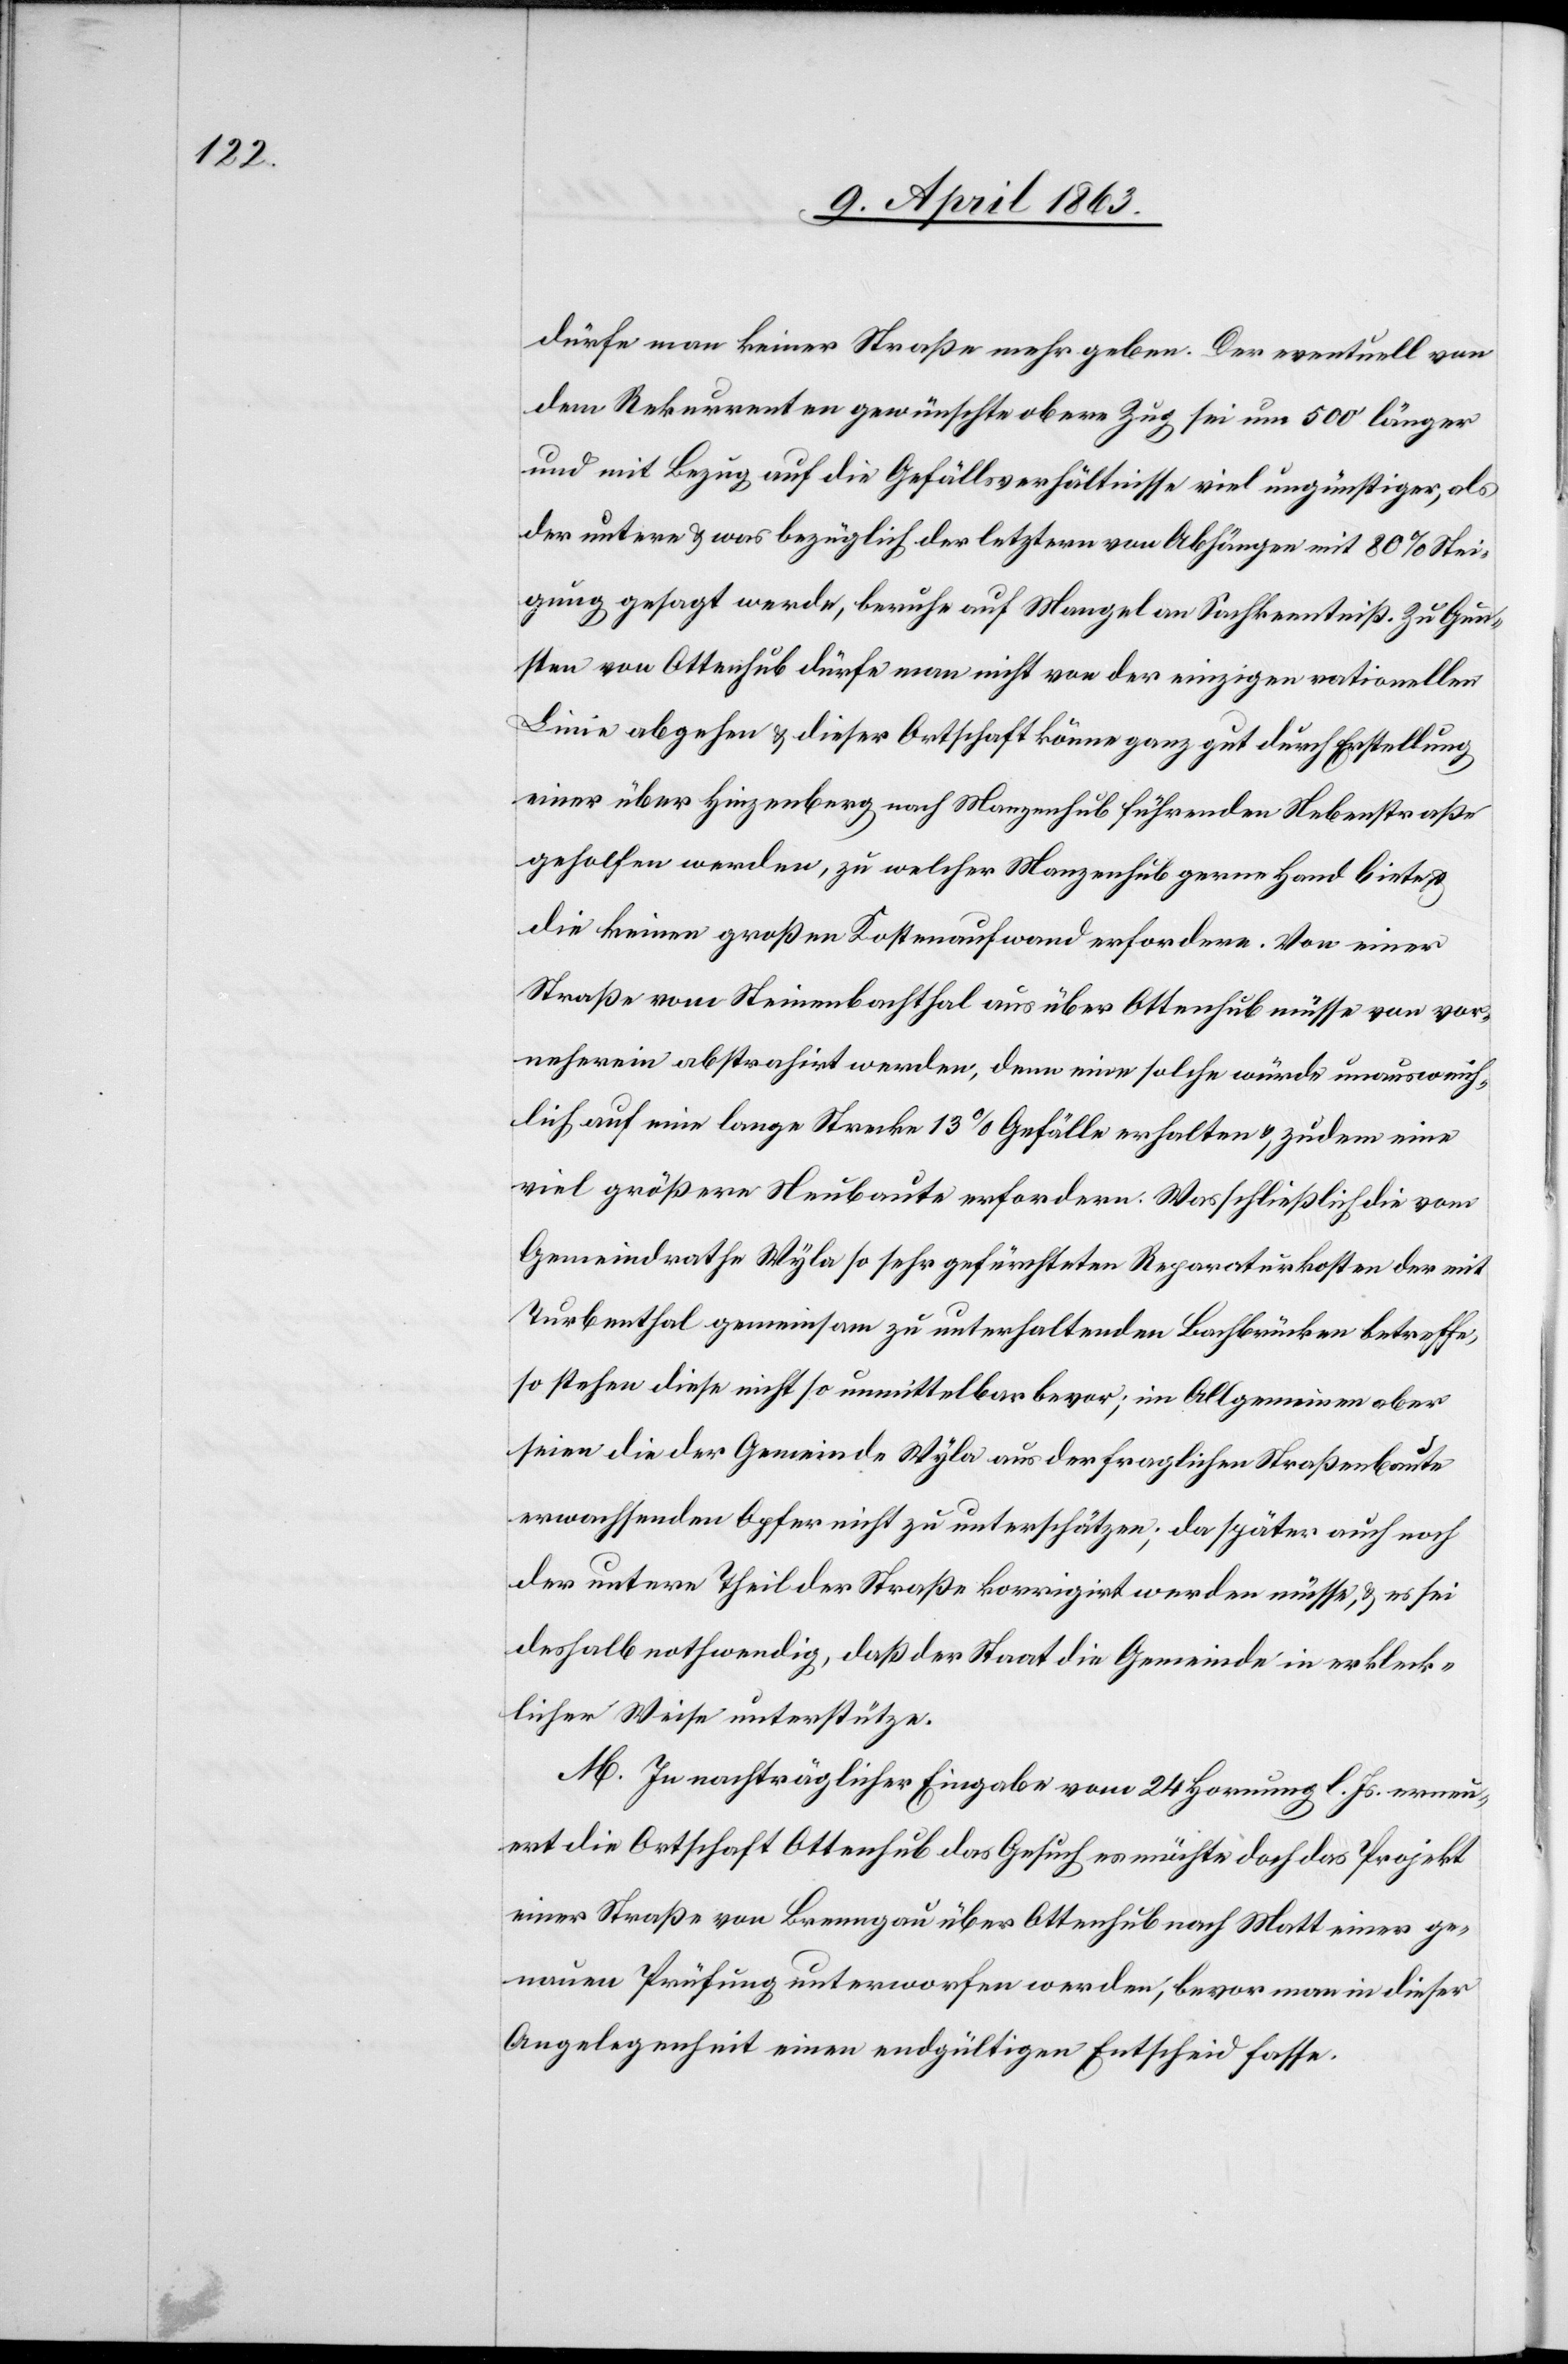
dürfe man keiner Straße mehr geben. Der eventuell von
dem Rekurrenten gewünschte obere Zug sei um 500' länger
und mit Bezug auf die Gefällsverhältnisse viel ungünstiger, als
der untere & was bezüglich der letztern von Abhängen mit 80% Stei¬
gung gesagt werde, beruhe auf Mangel an Sachkenntniß. Zu Gun¬
sten von Ottenhub dürfe man nicht von der einzigen rationellen
Linie abgehen & dieser Ortschaft könne ganz gut durch Erstellung
einer über Hinzenberg nach Manzenhub führenden Nebenstraße
geholfen werden, zu welcher Manzenhub gerne Hand biete
die keinen großen Kostenaufwand erfordere. Von einer
Straße vom Steinenbachthal aus über Ottenhub müsse von vor¬
neherein abstrahirt werden, denn eine solche würde unausweich¬
lich auf eine lange Strecke 13% Gefälle erhalten, zudem eine
viel größere Neubaute erfordern. Was schließlich die vom
Gemeindrathe Wyla so sehr gefürchteten Reparaturkosten der mit
Turbenthal gemeinsam zu unterhaltenden Bachbrücken betreffe,
so stehen diese nicht so unmittelbar bevor; im Allgemeinen aber
seien die der Gemeinde Wyla aus der fraglichen Straßenbaute
erwachsenden Opfer nicht zu unterschätzen; da später auch noch
der untere Theil der Straße korrigirt werden müsse, & es sei
deshalb nothwendig, daß der Staat die Gemeinde in erkleck¬
licher Weise unterstütze.
M. In nachträglicher Eingabe vom 24 Hornung l. Js. erneu¬
ert die Ortschaft Ottenhub das Gesuch es möchte doch das Projekt
einer Straße von Brenngau über Ottenhub nach Matt einer ge¬
nauen Prüfung unterworfen werden, bevor man in dieser
Angelegenheit einen endgültigen Entscheid fasse.